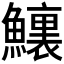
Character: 𩼆